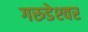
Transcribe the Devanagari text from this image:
गरुडेश्‍वर